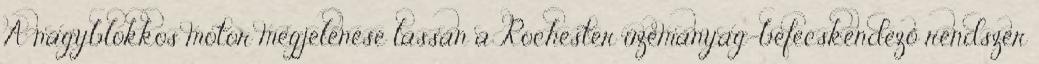
A nagyblokkos motor megjelenése lassan a Rochester üzemanyag-befecskendező rendszer